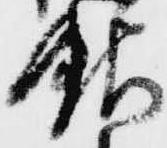
銀